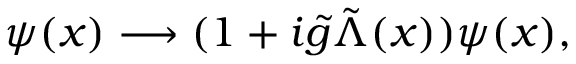
\psi ( x ) \longrightarrow ( 1 + i { \tilde { g } } { \tilde { \Lambda } } ( x ) ) \psi ( x ) ,